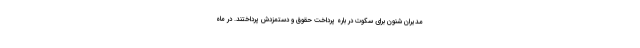
مدیران شنون برای سکوت در باره پرداخت حقوق و دستمزدش پرداختند. در ماه